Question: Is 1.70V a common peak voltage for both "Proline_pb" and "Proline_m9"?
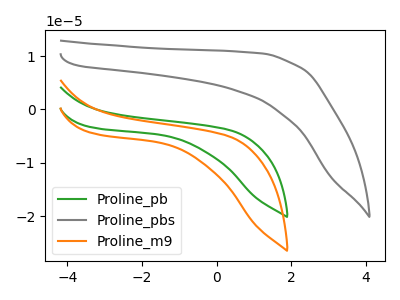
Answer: <think>The green curve "Proline_pb" has no peaks. The gray curve "Proline_pbs" has no peaks. The orange curve "Proline_m9" has no peaks.</think>
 <answer>No, "Proline_pb" and "Proline_m9" dont share a peak at 1.70V.</answer>
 <eval>mismatch</eval>